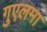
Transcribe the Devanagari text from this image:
गुएलमा